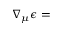
\nabla _ { \mu } \epsilon =